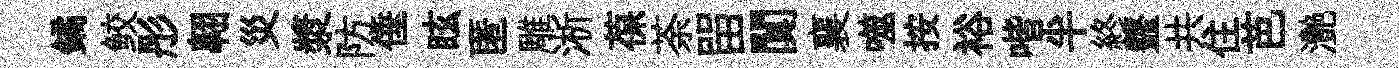
鐍鲛彤翺災漿防倕眩匿雕淅葆荼㽞闃襄噬按裕喈半終虀共住芭灧